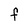
Character: F